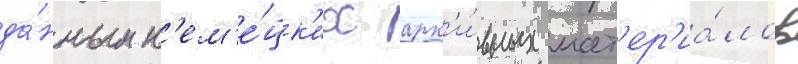
да́нным н'ем'е́цк'их арх'и́вных мат'ер'иа́лов